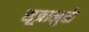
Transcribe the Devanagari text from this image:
सूत्रामुळे